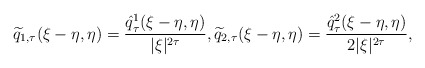
\begin{align*}\widetilde{q}_{1,\tau}(\xi-\eta, \eta)= \frac{\hat{q}_{\tau}^1(\xi-\eta, \eta)}{|\xi|^{2\tau}}, \widetilde{q}_{2,\tau}(\xi-\eta, \eta)= \frac{\hat{q}_{\tau}^2(\xi -\eta,\eta)}{2|\xi|^{2\tau}},\end{align*}